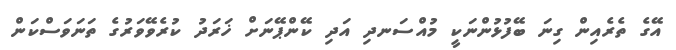
އޭގެ ތެރެއިން ގިނަ ބޭފުޅުންނަކީ މުއްސަނދި އަދި ކޭންޕޭނަށް ޚަރަދު ކުރެވޭވަރުގެ ތަނަވަސްކަން